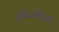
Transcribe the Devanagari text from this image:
इथियोपिआ